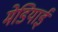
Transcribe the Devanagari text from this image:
मेडियाई